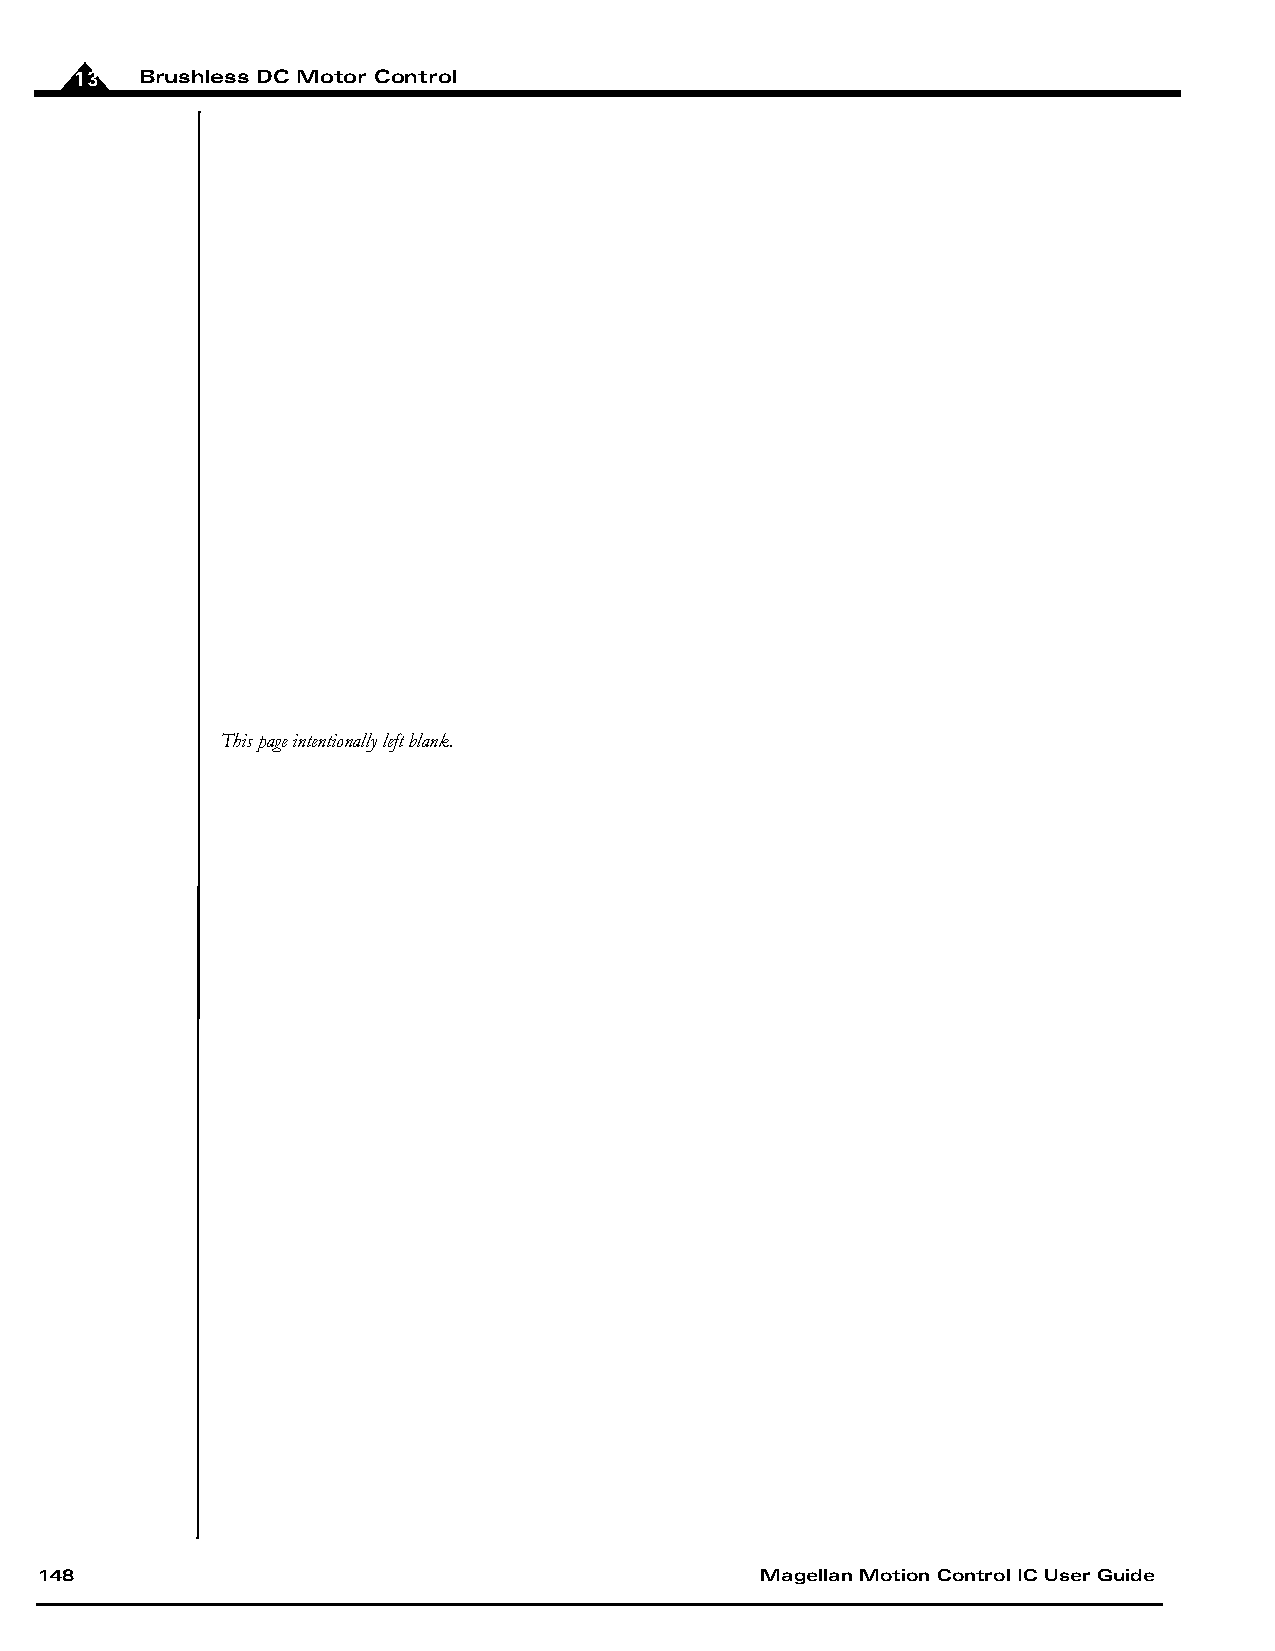
13  Brushless DC Motor Control
 This page intentionally left blank.
 148                                             Magellan Motion Control IC User Guide